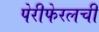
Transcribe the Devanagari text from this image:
पेरीफेरलची